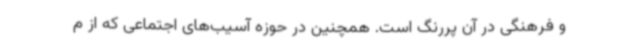
و فرهنگی در آن پررنگ است. همچنین در حوزه آسیب‌های اجتماعی که از م